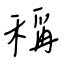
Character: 稱